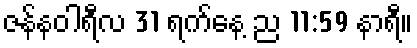
ဇန်နဝါရီလ 31 ရက်နေ့ ည 11:59 နာရီ။